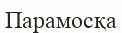
Парамосқа